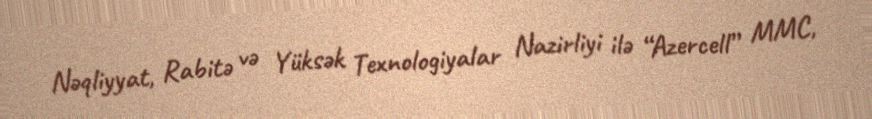
Nəqliyyat, Rabitə və Yüksək Texnologiyalar Nazirliyi ilə “Azercell” MMC,